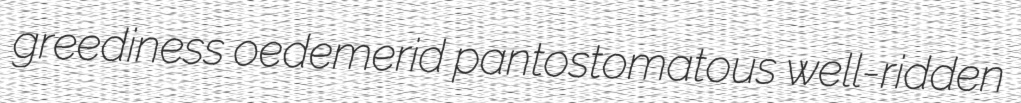
greediness oedemerid pantostomatous well-ridden